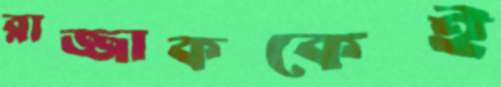
রাজ্জাককেই